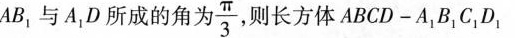
AB_{1}与A_{1}D所成的角为 $$ \frac{ π }{ 3 }长方体ABCD-A_{1}B_{1}C_{1}D_{1} $$